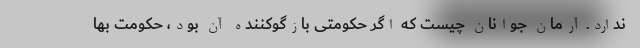
ندارد. آرمان جوانان چیست که اگر حکومتی بازگوکننده آن بود، حکومت بها